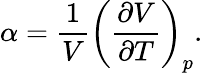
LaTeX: \alpha={\frac{1}{V}}\left({\frac{\partial V}{\partial T}}\right)_{p}.